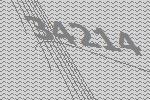
34214